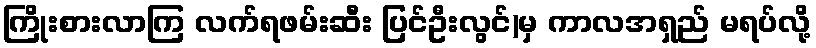
ကြိုးစားလာကြ လက်ရဖမ်းဆီး ပြင်ဦးလွင်)မှ ကာလအရှည် မရပ်လို့